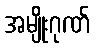
အမျိုးဂုဏ်